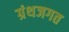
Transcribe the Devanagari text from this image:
ग्रंथजगत